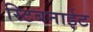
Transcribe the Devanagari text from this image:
स्टिबनाईट